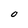
Character: O